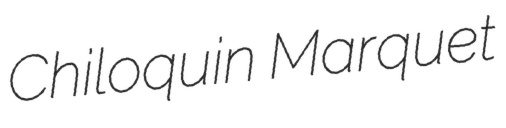
Chiloquin Marquet